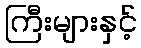
ကြီးများနှင့်